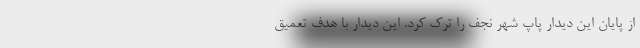
از پایان این دیدار پاپ شهر نجف را ترک کرد. این دیدار با هدف تعمیق